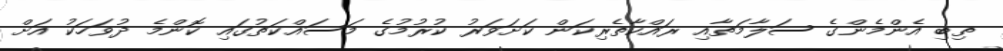
ތިބި އެންމެންގެ ސަލާމަތާއި ރައްކާތެރިކަން ކަށަވަރު ކުރުމުގެ މަސައްކަތުގައި ކޮންމެ ދުވަހަކު އަށް